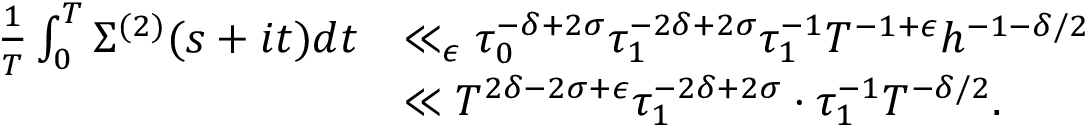
\begin{array} { r l } { \frac { 1 } { T } \int _ { 0 } ^ { T } \Sigma ^ { ( 2 ) } ( s + i t ) d t } & { \ll _ { \epsilon } \tau _ { 0 } ^ { - \delta + 2 \sigma } \tau _ { 1 } ^ { - 2 \delta + 2 \sigma } \tau _ { 1 } ^ { - 1 } T ^ { - 1 + \epsilon } h ^ { - 1 - \delta / 2 } } \\ & { \ll T ^ { 2 \delta - 2 \sigma + \epsilon } \tau _ { 1 } ^ { - 2 \delta + 2 \sigma } \cdot \tau _ { 1 } ^ { - 1 } T ^ { - \delta / 2 } . } \end{array}